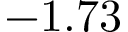
- 1 . 7 3